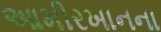
આમીરખાનના